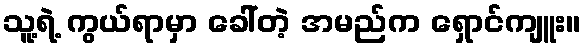
သူ့ရဲ့ ကွယ်ရာမှာ ခေါ်တဲ့ အမည်က ရှောင်ကျူး။